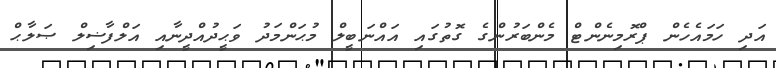
އަދި ހަމައެހެން ޕްރޮމިނެންޓް މެންބަރުންގެ ގޮތުގައި އައްނަބީލް މުޙަންމަދު ވަޙީދުއްދީނާއި އަލްފާޟިލް ޞަލާޙް